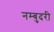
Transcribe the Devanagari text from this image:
नम्बुदरी